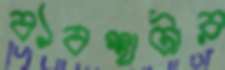
ব্যবস্থাটার